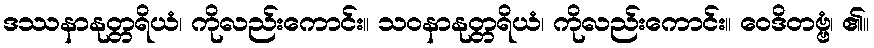
ဒဿနာနုတ္တရိယံ၊ ကိုလည်းကောင်း။ သဝနာနုတ္တရိယံ၊ ကိုလည်းကောင်း။ ဝေဒိတဗ္ဗံ၊ ၏။